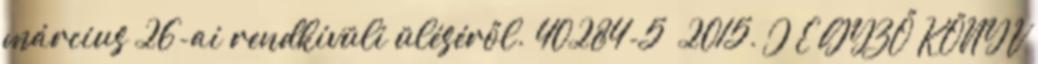
március 26-ai rendkívüli üléséről. 40284-5 2015. J E GYZŐ KÖNYV